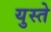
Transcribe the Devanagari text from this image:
युस्ते